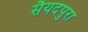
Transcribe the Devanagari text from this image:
सैयदपुरा